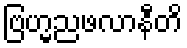
ဗြဟ္မညဖလာနီတိ